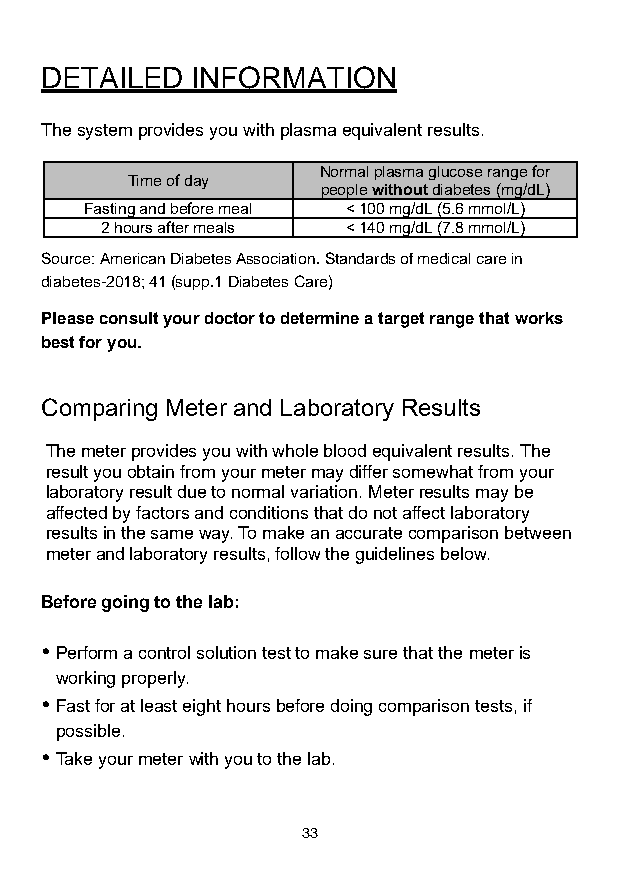
DETAILED  INFORMATION
 The system provides you with plasma equivalent results.
 Normal plasma glucose range for
 Time of day
 people without diabetes (mg/dL)
 Fasting and before meal < 100 mg/dL (5.6 mmol/L)
 2 hours after meals < 140 mg/dL (7.8 mmol/L)
 Source: American Diabetes Association. Standards of medical care in
 diabetes-2018; 41 (supp.1 Diabetes Care)
 Please consult your doctor to determine a target range that works
 best for you.
 Comparing Meter and Laboratory Results
 The meter provides you with whole blood equivalent results. The
 result you obtain from your meter may differ somewhat from your
 laboratory result due to normal variation. Meter results may be
 affected by factors and conditions that do not affect laboratory
 results in the same way. To make an accurate comparison between
 meter and laboratory results, follow the guidelines below.
 Before going to the lab:
  Perform a control solution test to make sure that the meter is
 working properly.
  Fast for at least eight hours before doing comparison tests, if
 possible.
  Take your meter with you to the lab.
 33